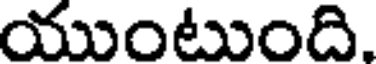
యుంటుంది.